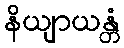
နိယျာယန္တံ